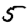
Digit: 5